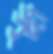
সুদী